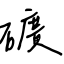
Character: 礦